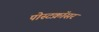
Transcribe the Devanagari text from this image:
पोस्टक्रॉसर